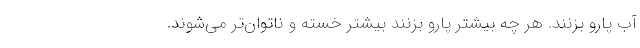
آب پارو بزنند. هر چه بیشتر پارو بزنند بیشتر خسته و ناتوان‌تر می‌شوند.